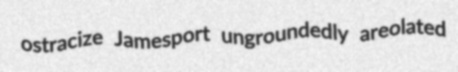
ostracize Jamesport ungroundedly areolated